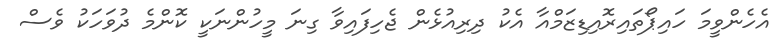
އެހެންވީމަ ހައިޕޯތައިރޮއިޑިޒަމްއާ އެކު ދިރިއުޅެން ޖެހިފައިވާ ގިނަ މީހުންނަކީ ކޮންމެ ދުވަހަކު ވެސް